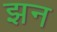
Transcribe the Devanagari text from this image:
झन